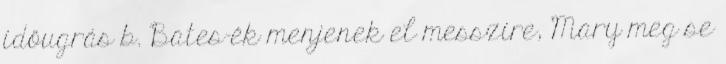
időugrás b. Bates-ék menjenek el messzire, Mary meg se